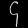
Digit: ၄